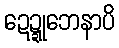
ဍေဍ္ဍုဘေနာပိ